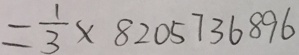
= \frac { 1 } { 3 } \times 8 2 0 5 7 3 6 8 9 6